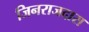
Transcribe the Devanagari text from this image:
जिनराजदास